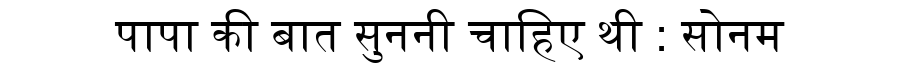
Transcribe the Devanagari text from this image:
पापा की बात सुननी चाहिए थी : सोनम